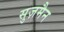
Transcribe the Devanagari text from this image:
सुज़मैन